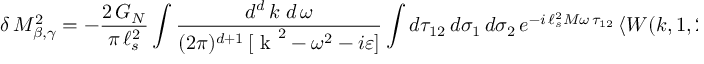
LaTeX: \delta \, M _ { \beta , \gamma } ^ { 2 } = - \frac { 2 \, G _ { N } } { \pi \, \ell _ { s } ^ { 2 } } \int \frac { d ^ { d } \, k \ d \, \omega } { ( 2 \pi ) ^ { d + 1 } \, [ \mathrm { \boldmath ~ k ~ } ^ { 2 } - \omega ^ { 2 } - i \varepsilon ] } \int d \tau _ { 1 2 } \, d \sigma _ { 1 } \, d \sigma _ { 2 } \, e ^ { - i \, \ell _ { s } ^ { 2 } M \omega \, \tau _ { 1 2 } } \, \langle W ( k , 1 , 2 ) \rangle _ { \beta , \gamma } \, ,